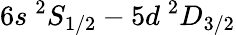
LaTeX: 6s~^{2}S_{1/2}-5d~^{2}D_{3/2}